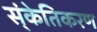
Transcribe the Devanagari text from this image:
स्ंकेतिकरण